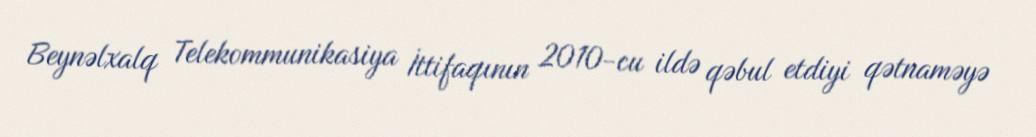
Beynəlxalq Telekommunikasiya İttifaqının 2010-cu ildə qəbul etdiyi qətnaməyə